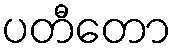
ပတီတော